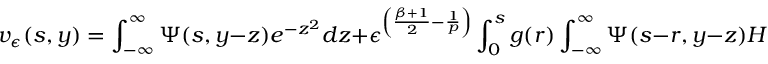
v _ { \epsilon } ( s , y ) = \int _ { - \infty } ^ { \infty } \Psi ( s , y - z ) e ^ { - z ^ { 2 } } d z + \epsilon ^ { \left( \frac { \beta + 1 } { 2 } - \frac { 1 } { p } \right) } \int _ { 0 } ^ { s } g ( r ) \int _ { - \infty } ^ { \infty } \Psi ( s - r , y - z ) H ^ { \prime } ( z ) v _ { \epsilon } ( r , z ) d z d r .